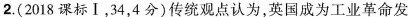
2.(2018课标Ⅰ，34，4分)传统观点认为，英国成为工业革命发